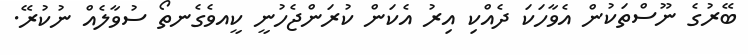
ބޭރުގެ ނޫސްތަކުން އެވާހަކަ ދެއްކި އިރު އެކަން ކުރަންޖެހުނީ ކީއވެގެނތޯ ސުވާލެއް ނުކުރޭ.